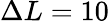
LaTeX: \Delta L=10